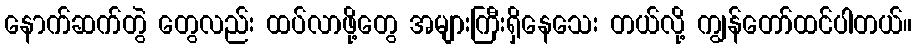
နောက်ဆက်တွဲ တွေလည်း ထပ်လာဖို့တွေ အများကြီးရှိနေသေး တယ်လို့ ကျွန်တော်ထင်ပါတယ်။